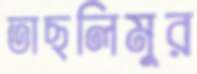
তাছলিমুর